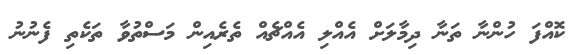
ކޮއްފަ ހުންނާ ތަނާ ދިމާލަށް އެއްލި އެއްޗެއް ތެރެއިން މަސްތުވާ ތަކެތި ފެނުނު